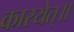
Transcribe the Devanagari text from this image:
कारयेत्॥